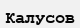
Калусов